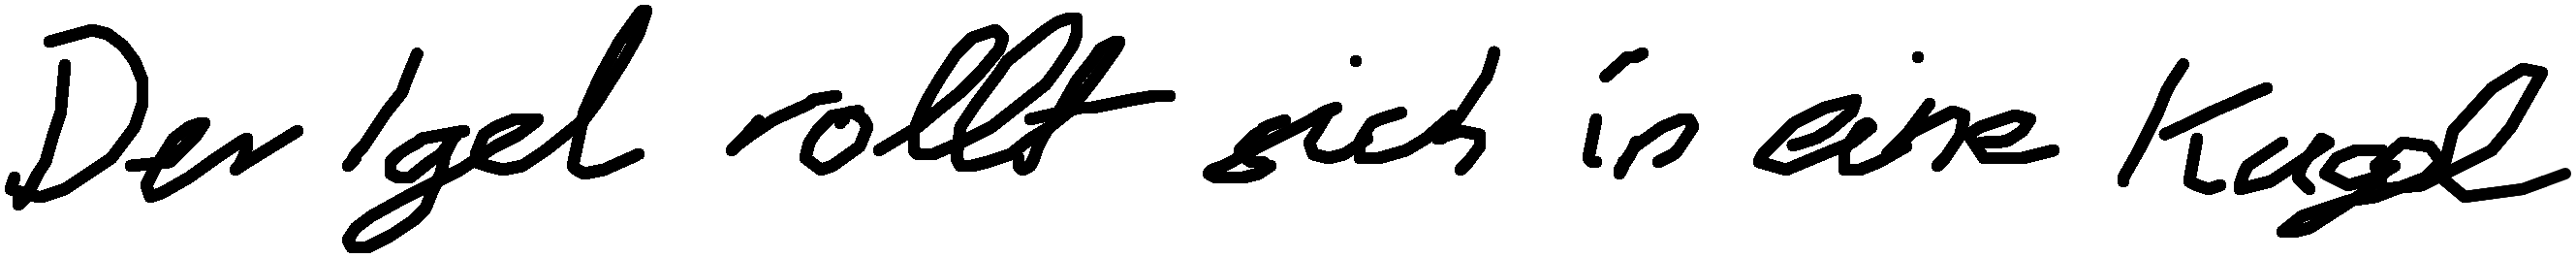
Der Igel rollt sich in eine Kugel.